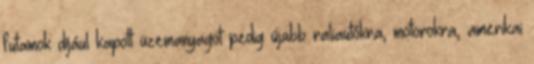
futamok díjául kapott üzemanyagot pedig újabb raliautókra, motorokra, amerikai